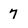
Character: 7